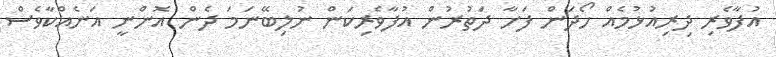
އުފާވެރި ދިރިއުޅުމެއް ހޯދަން ފަށާ ދަތުރުން އުފާވެރިކަން ނުލިބޭނަމަ ދެން އޮންނީ އަނެއްކާވެސް